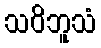
သဝိဘူသံ